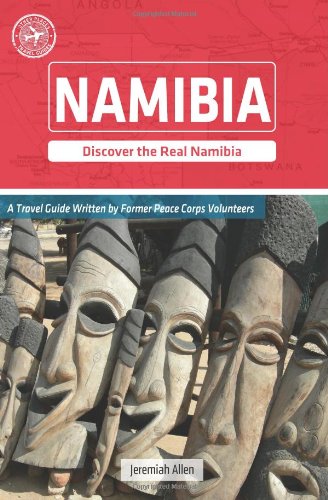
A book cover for Namibia (Other Places Travel Guide); Jeremiah Allen; Travel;